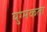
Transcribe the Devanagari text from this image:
युग्मकता